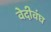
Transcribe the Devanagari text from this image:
वेदीवंघ